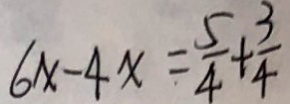
6 x - 4 x = \frac { 5 } { 4 } + \frac { 3 } { 4 }